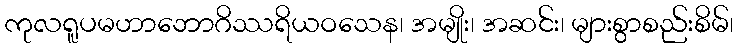
ကုလရူပမဟာဘောဂိဿရိယဝသေန၊ အမျိုး၊ အဆင်း၊ များစွာစည်းစိမ်၊